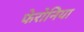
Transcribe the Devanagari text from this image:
फेरोनिया